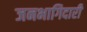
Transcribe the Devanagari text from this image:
जनभागिदारी